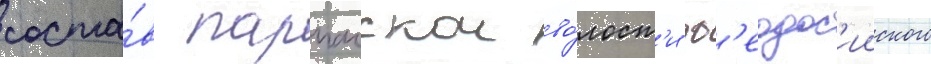
соста́в парпачскои во́лост'и ф'еодос'ииского